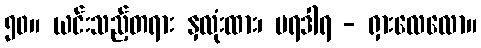
၅၀။ ယင်းသည့်တရား နှလုံးထား၊ ပရဒါရ - ရှားလေလော။